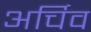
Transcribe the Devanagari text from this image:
अर्चिव